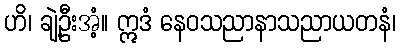
ဟိ၊ ချဲ့ဦးအံ့။ ဣဒံ နေဝသညာနာသညာယတနံ၊